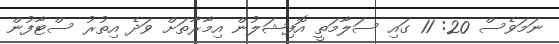
ނަމަވެސް 20: 11 ގައި ސަލާމަތީ އޮފިޝަލުން އިމާރާތަށް ވަދެ އިތުރު ސްޓާފުން